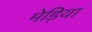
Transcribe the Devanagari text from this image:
मेड़िया